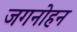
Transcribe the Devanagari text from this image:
जगनोहन